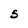
Character: S